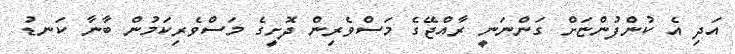
އަދި އެ ކުންފުންޏަށް ގަންނަނީ ރާއްޖޭގެ މަސްވެރިން ދޮށީގެ މަސްވެރިކަމުން ބާނާ ކަނޑު